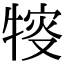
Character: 𤚔